Indian journal of veterinary science and animal husbandry - Volumes 15-17, 1948-1951
Year: 1948
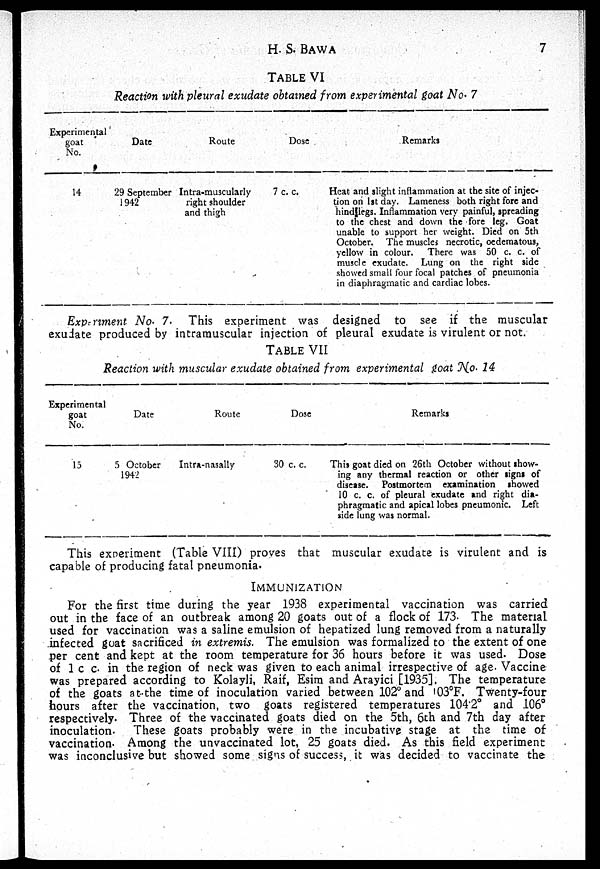
H.
S.
BAWA
7
TABLE VI
Reaction with pleural exudate obtained from experimental goat No. 7
Experimental
goat
No.
14
Date
29 September
1942
Route
Intra-muscularly
right shoulder
and thigh
Dose
7 c. c.
Remarks
Heat and slight inflammation at the site of injec-
tion on 1st day. Lameness both right fore and
hindllegs. Inflammation very painful, spreading
to the chest and down the fore leg. Goat
unable to support her weight. Died on 5th
October. The muscles necrotic, oedematous,
yellow in colour. There was 50 c. c. of
muscle exudate. Lung on the right side
showed small four focal patches of pneumonia
in diaphragmatic and cardiac lobes.
Experiment No. 7. This experiment was designed to see if the muscular
exudate produced by intramuscular injection of pleural exudate is virulent or not.
TABLE VII
Reaction with muscular exudate obtained from experimental goat No. 14
Experimental
goat
No.
15
Date
5 October
1942
Route
Intra-nasally
Dose
30 c. c.
Remarks
This goat died on 26th October without show-
ing any thermal reaction or other signs of
disease. Postmortem examination showed
10 c. c. of pleural exudate and right dia-
phragmatic and apical lobes pneumonic. Left
side lung was normal.
This experiment (Table VIII) proves that muscular exudate is virulent and is
capable of producing fatal pneumonia.
IMMUNIZATION
For the first time during the year 1938 experimental vaccination was carried
out in the face of an outbreak among 20 goats out of a flock of 173. The material
used for vaccination was a saline emulsion of hepatized lung removed from a naturally
infected goat sacrificed in extremis. The emulsion was formalized to the extent of one
per cent and kept at the room temperature for 36 hours before it was used. Dose
of 1 c c. in the region of neck was given to each animal irrespective of age. Vaccine
was prepared according to Kolayli, Raif, Esim and Arayici [1935]. The temperature
of the goats at the time of inoculation varied between 102° and 03°F. Twenty-four
hours after the vaccination, two goats registered temperatures 104.2° and 106°
respectively. Three of the vaccinated goats died on the 5th, 6th and 7th day after
inoculation. These goats probably were in the incubative stage at the time of
vaccination. Among the unvaccinated lot, 25 goats died. As this field experiment
was inconclusive but showed some signs of success, it was decided to vaccinate the